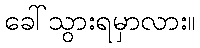
ခေါ်သွားရမှာလား။